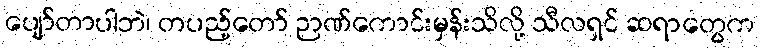
ပျော်တာပါဘဲ၊ တပည့်တော် ဉာဏ်ကောင်းမှန်းသိလို့ သီလရှင် ဆရာတွေက